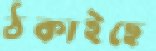
ঠকাইছে